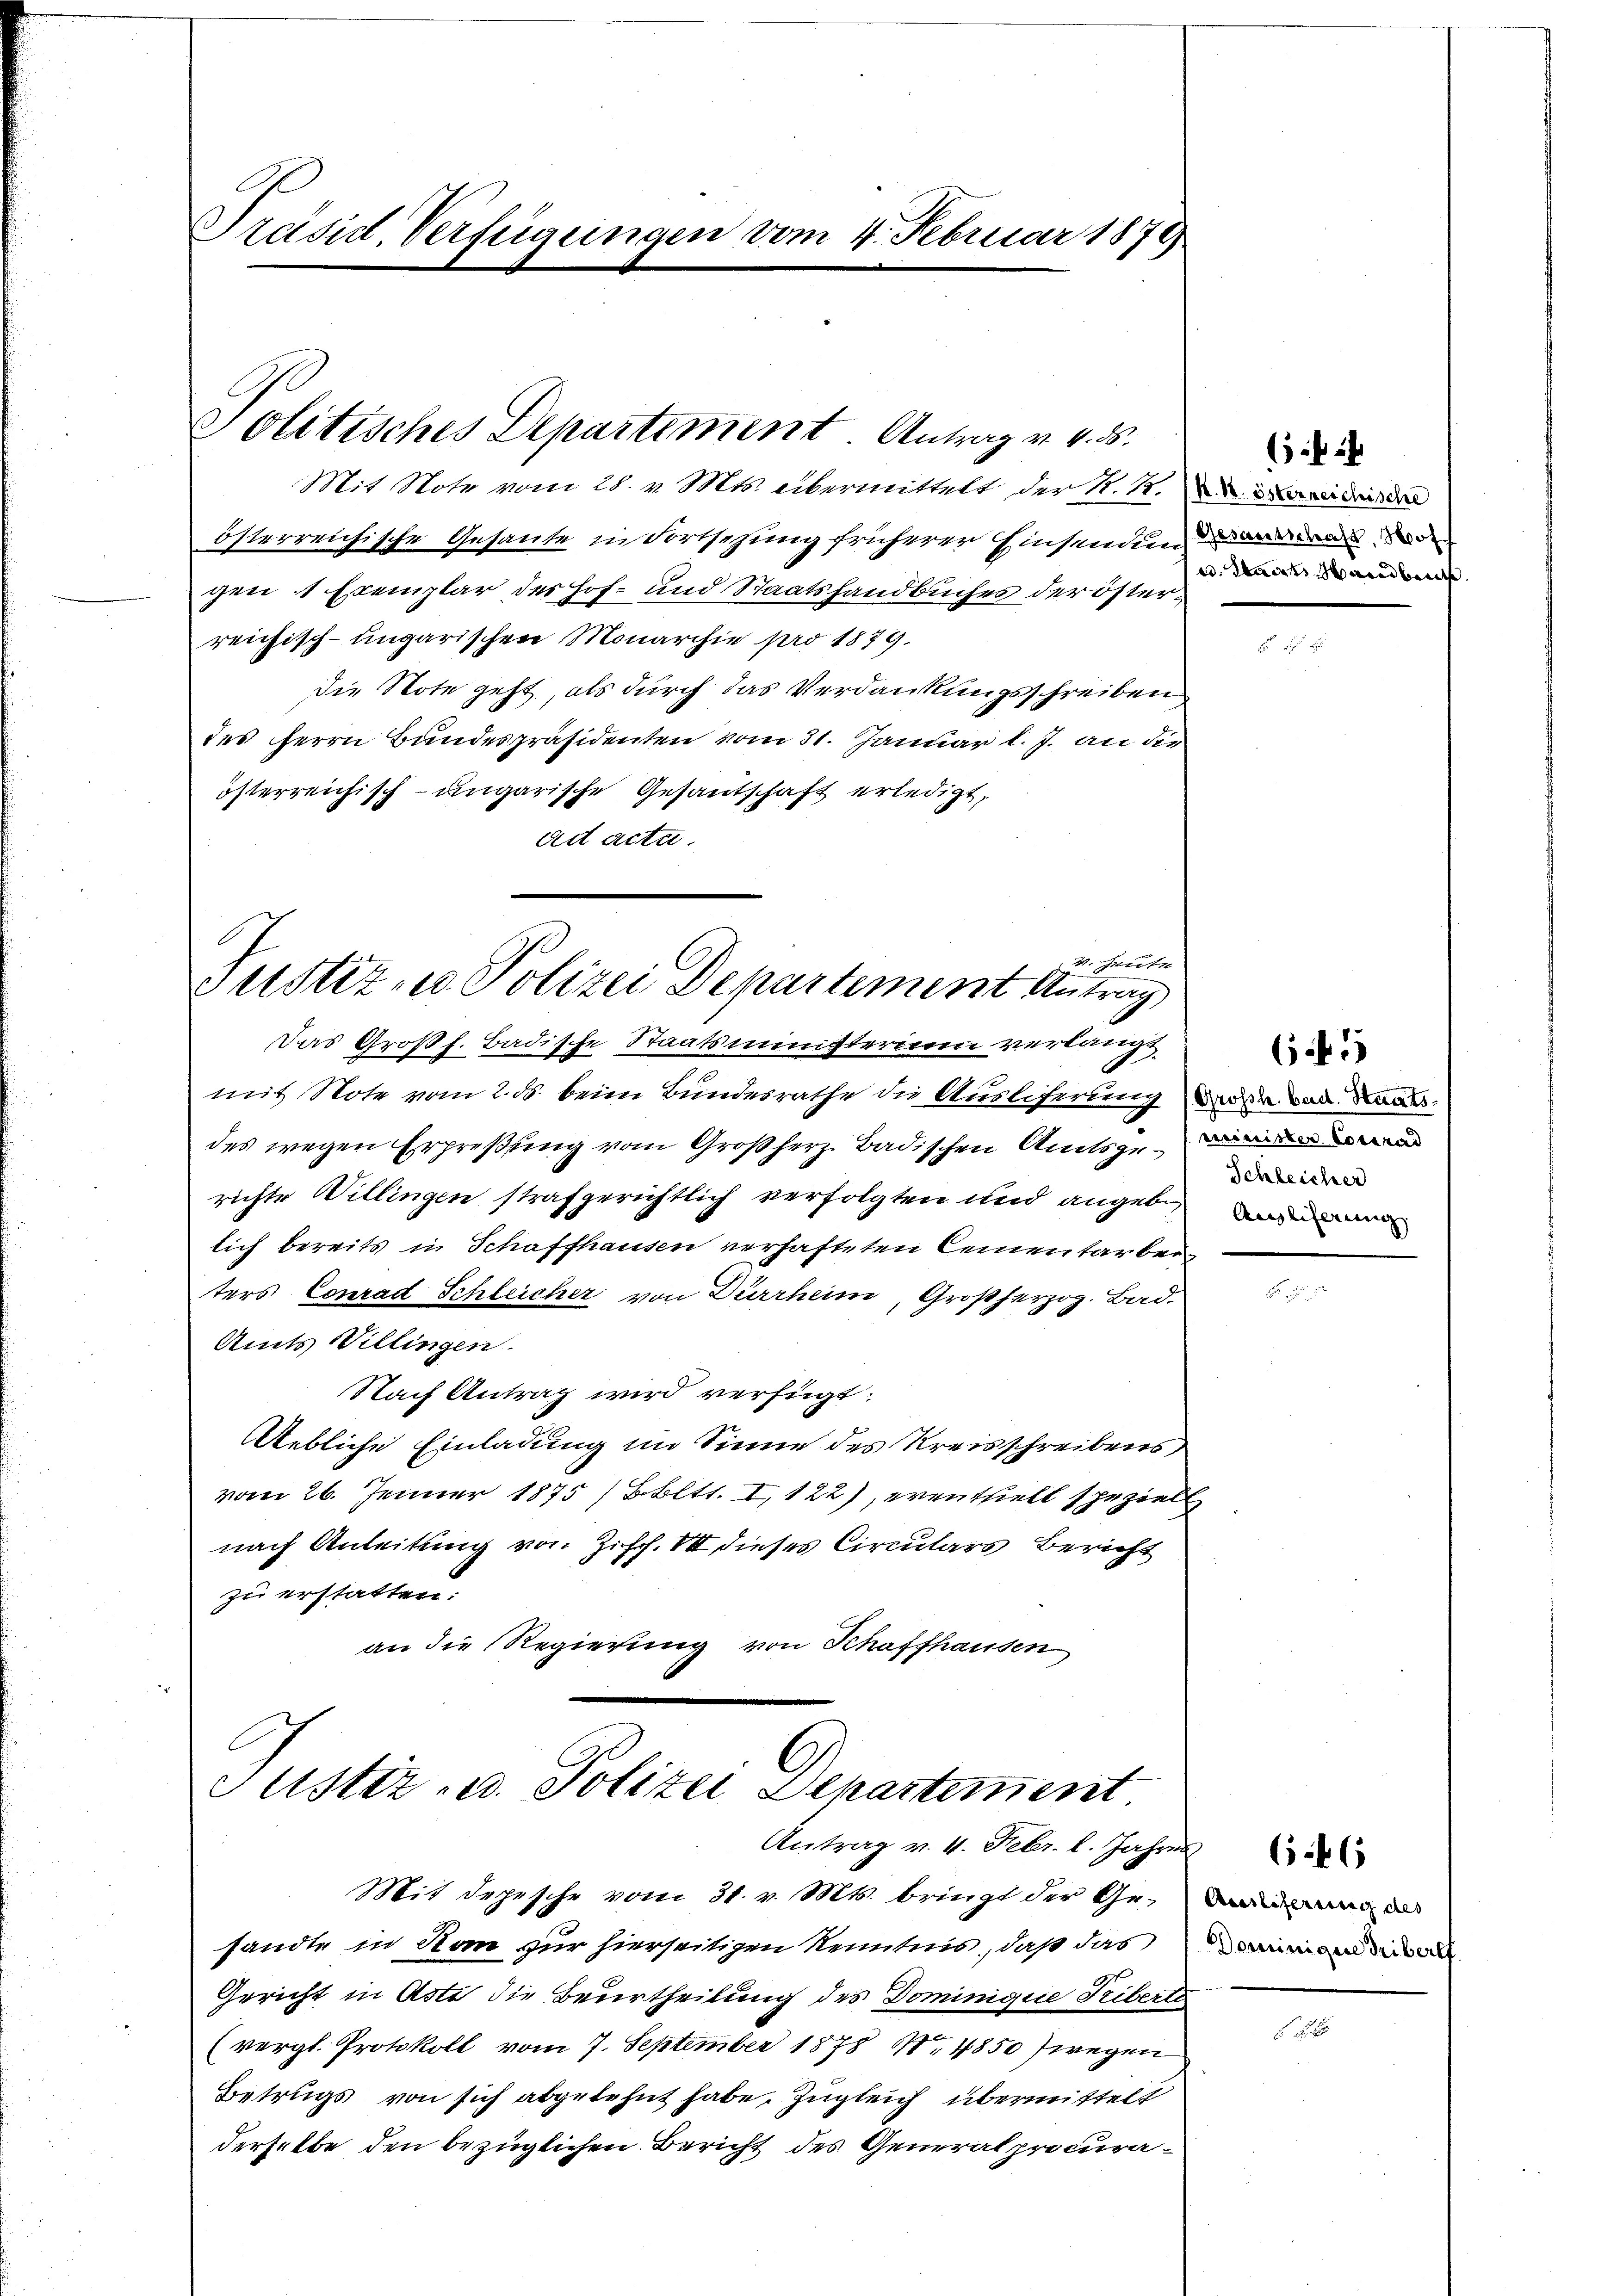
Präsid. Verfügungen vom 4. Februar 1878

Mit Note vom 28. v. Mts. übermittelt der N. N.
österreichische Gesante in Fortsezung früherer Einsendung ordern oder
gen 1 Exemplar des Hof- und Staatshandbuches der österreichisch-ungarischen Monarchie pro 1879.
die Note geht, als durch das Verdankungsschreiben
des Herrn Bundespräsidenten vom 31. Januar l. J. an die
österreichisch-ungarische Gesautschaft erledigt,
ad acta.

Politisches Departement. Antrag v. 4. ds.

v. Heute
Justiz- u. Polizei Departement Antrag

Das Großh. Badische Staatsministerium verlangt
mit Note vom 2. ds. beim Bundesrathe die Ausliferung große Bad. Staatsdes wegen Erpreßung vom Großherz, Badischen Amtsgerichte Willingen strafgerichtlich verfolgten und angeben wi
lich bereits in Schaffhausen verhafteten Cementarbeiters Conrad Schleicher von Dürrheim, Großherzog. Bad.
Amts Willingen.
Nach Antrag wird verfügt:
Uebliche Einladung im Sinne des Kreisschreibens
vom 26. Jenner 1875 / Bbltt. I, 122), eventhielt speziell
nach Anleitung von Ziff. VII dieses Circulars Bericht
zu erstatten:
an die Regierung von Schaffhausen

Justiz- u. Polizei Departement.
Antrag v. 4. Febr. l. Jahren

Mit depesche vom 31. v. Mts. bringt der Gesandte in San zur hierseitigen Kenntnis, daß das
Gericht in Aste die Beurtheilung des Dominique Triberte
(vergl. Protokoll vom 7. September 1878 S. 4850) wegen
Betrugs von sich abgelehnt habe. Zugleich übermittelt
derselbe den bezüglichen Bericht des Generalprocura¬

6ff
aandbe

645
Schleicher

Auslieferung des
Dominique Tribere